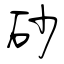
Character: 砂